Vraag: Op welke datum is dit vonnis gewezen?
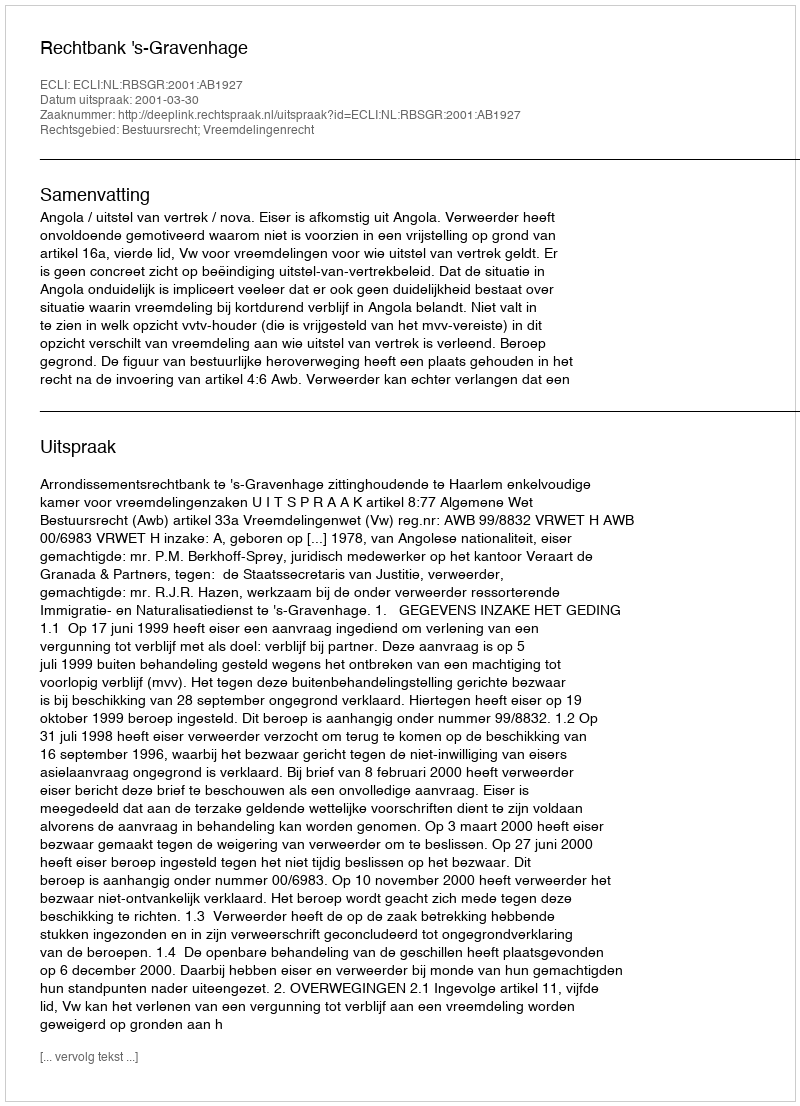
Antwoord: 2001-03-30